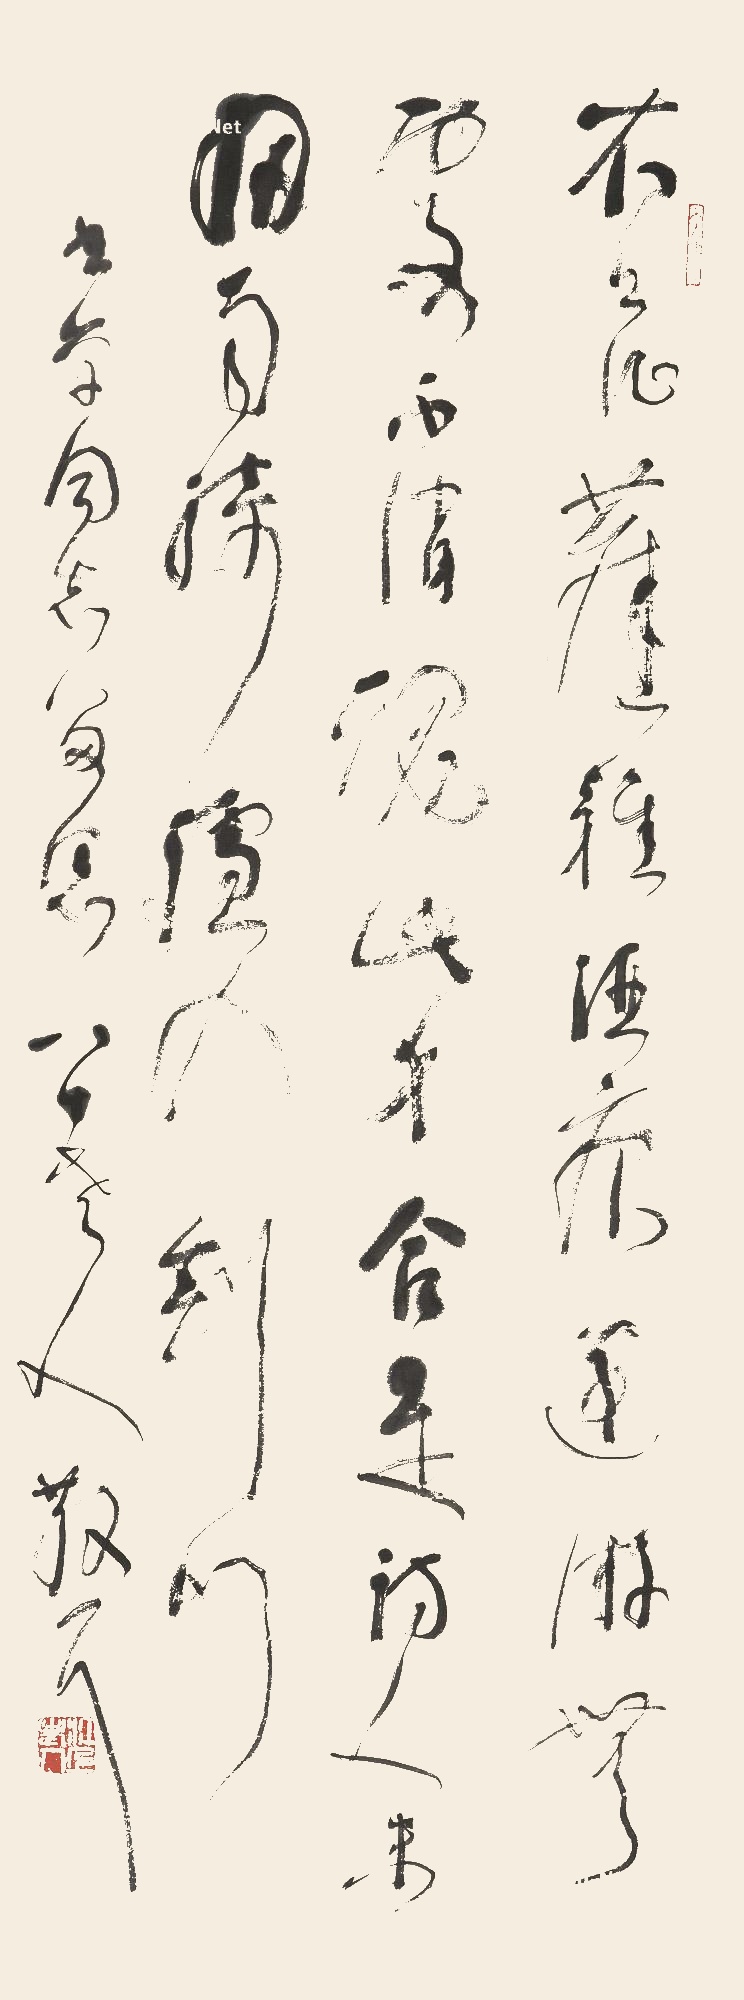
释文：衣上征尘杂酒痕，远游无处不消魂。此身合是诗人未？细雨骑驴入剑门。书学同志留念，八十老人，散耳。